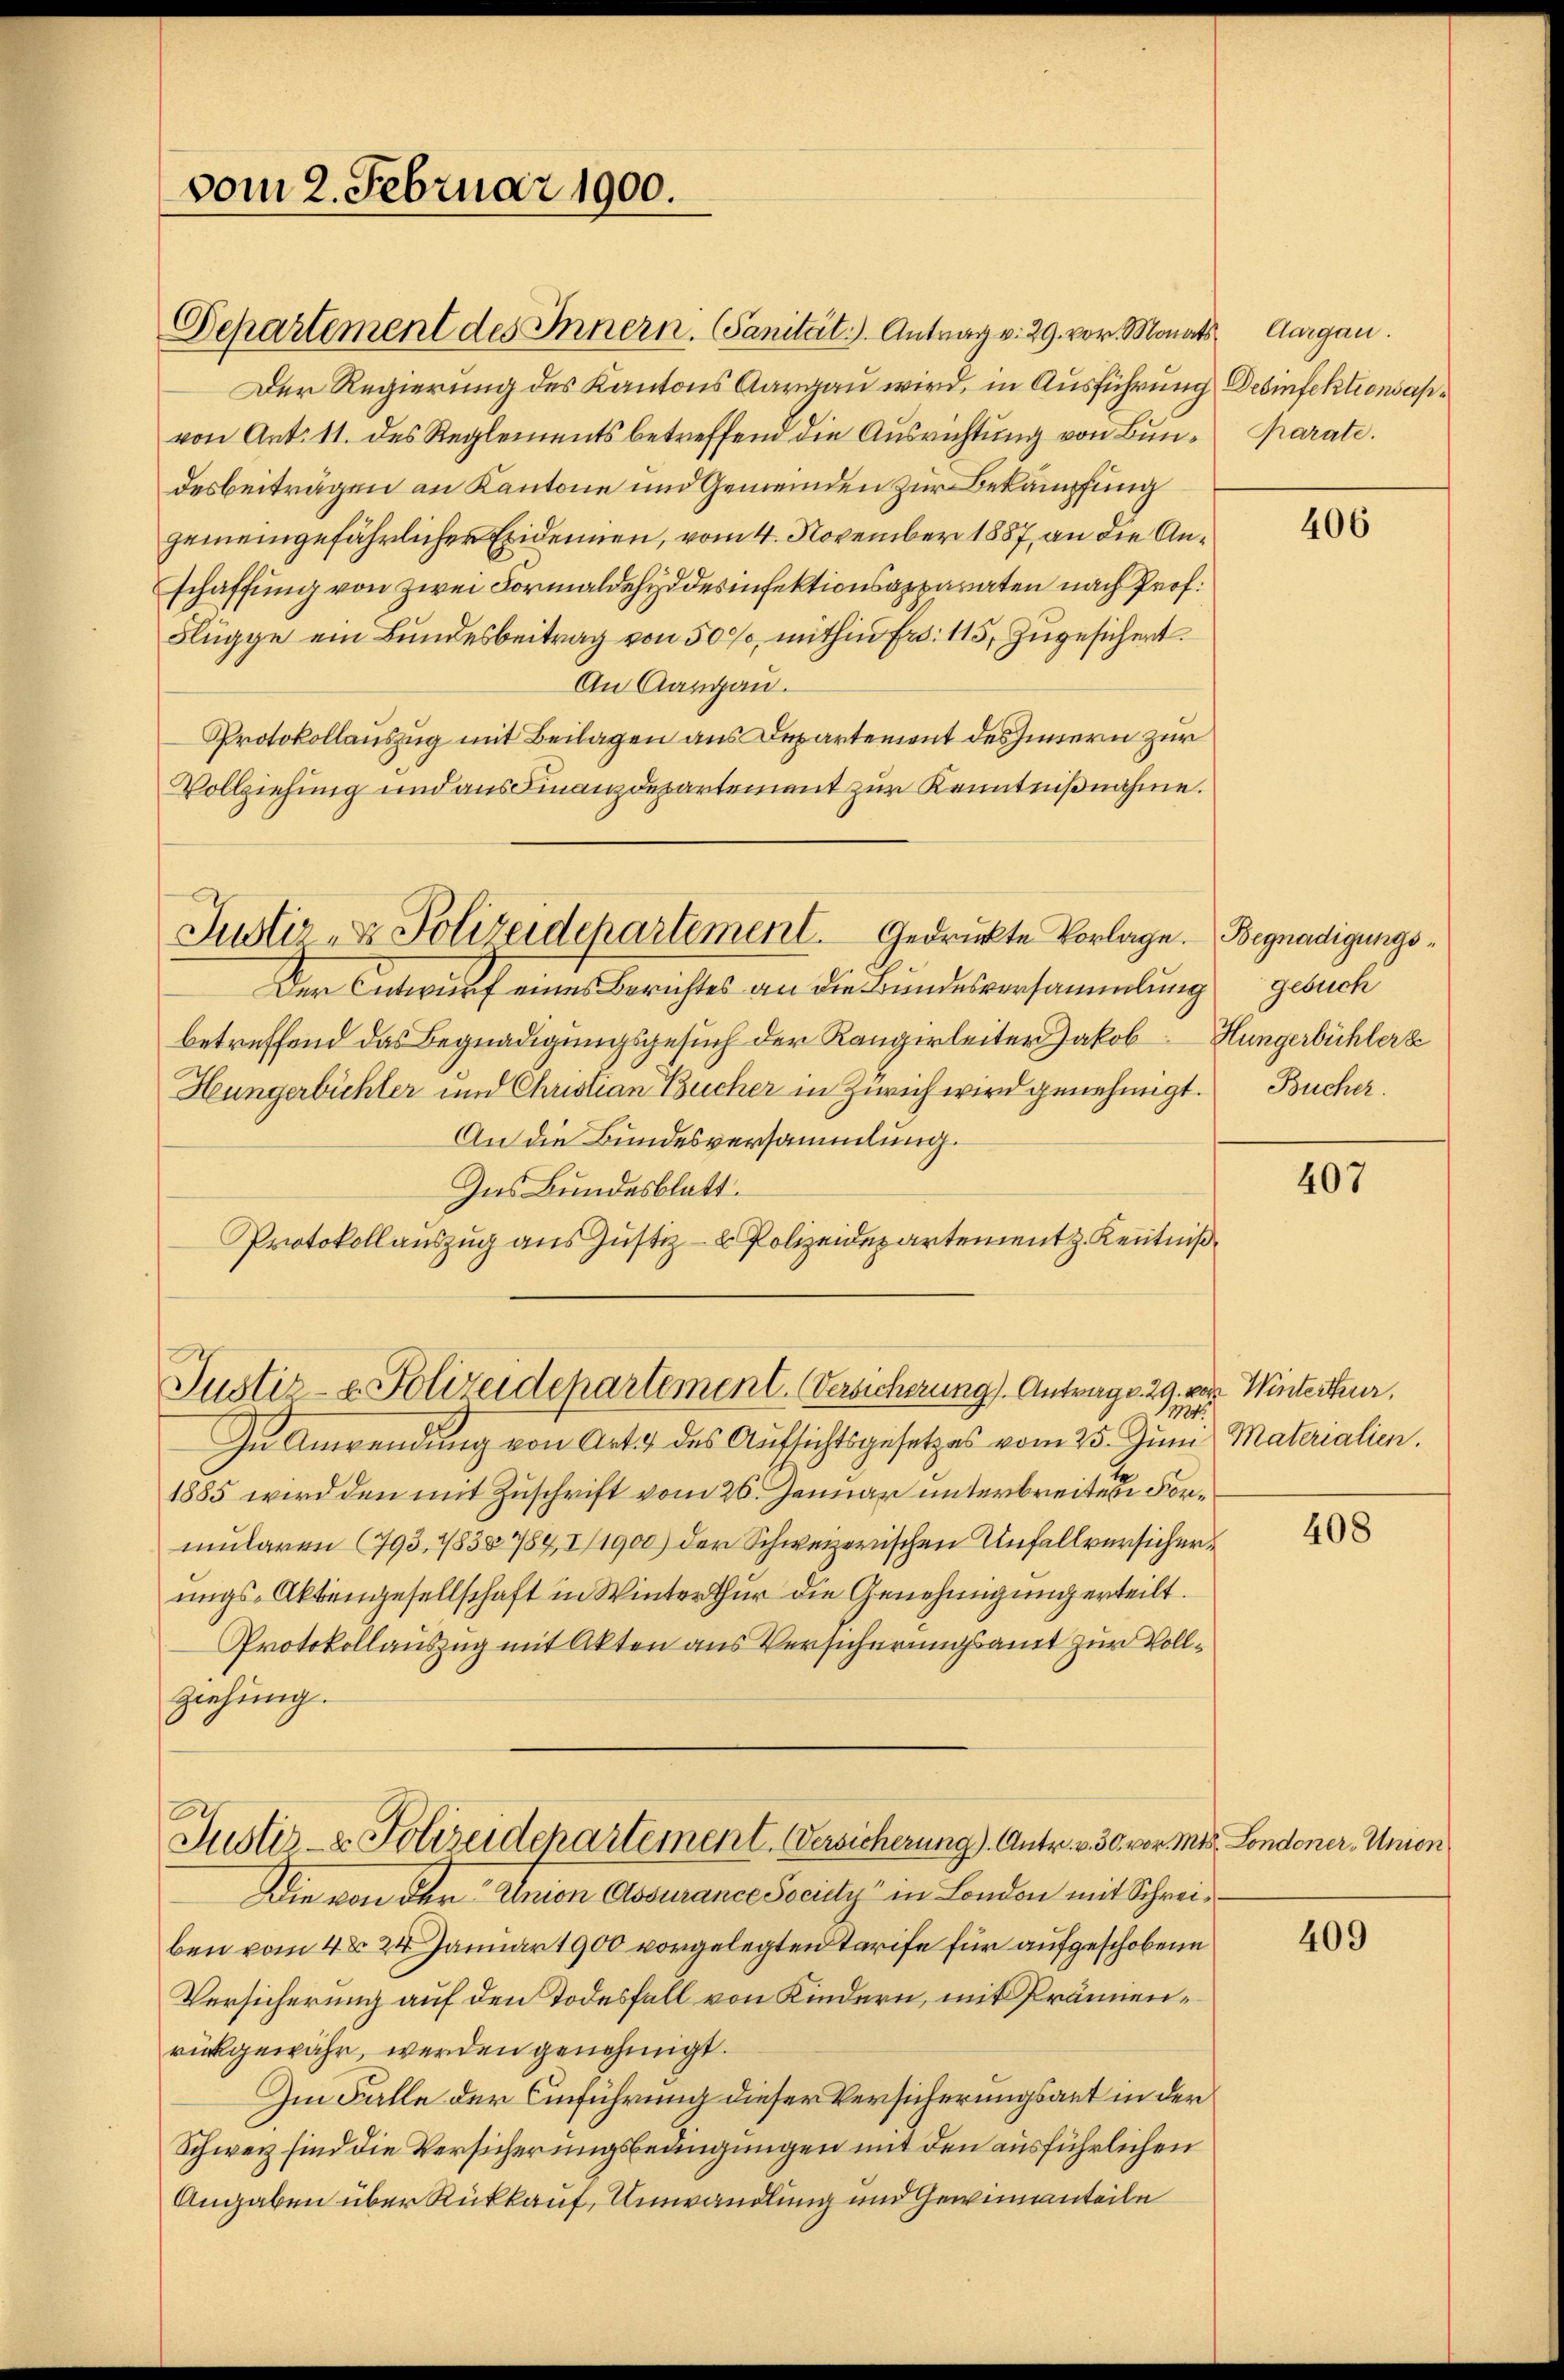
vom 2. Februar 1900.

Departement des Innern. (Sanität). Antrag v. 29. vor. Monats Aargau.
Der Regierung des Kantons Aargau wird, in Ausführung Desinfektionsanvon Art. 11. des Reglements betreffend die Ausrichtung von Bun- Parate.
desbeiträgen an Kantone und Gemeinden zur Bekämpfung
gemeingefährlicher Exidenen, vom 4. November 1887, an die Anschaffung von zwei Formaldehyddesinfektionsapparaten nach Prof.
Flügge ein Bundesbeitrag von 500, mithin fr. 115, Zugesichert.
An Aargau.
Protokollauszug mit Beilagen aus Departement des Innern zur
Vollziehung und aus Finanzdepartement zur Kenntnißnahme.
Justiz- & Polizeidepartement. Gedrückte Vorlage. Begnadigungs¬
Der Entwurf eines Berichtes an die Bundesversammlung gesuch
betreffend das Begnadigungsgesuch der Rangirleiter Jakob Hungerbühler z
Hungerbüchler und Christian Bucher in Zürich wird genehmigt. Bucher.
An die Bundesversammlung.
Das Bundesblatt.
Protokollauszug aus Justiz- & Polizeidepartement z. Kenntniß

Justiz- & Polizeidepartement. (Versicherung). Antrage. 29. von Winterteur,

In Anwendung von Art 47 des Aufsichtsgesetzes vom 25. Juni, Materialien.
1885 wird den mit Zuschrift vom 26. Januar unterbreiten Formularen (793. 1838 784, I/1900) der Schweizerischen Unfallversicher
ungs-Aktengesellschaft in Winterthur die Genehmigung erteilt.
Protokollauszug mit Akten aus Versicherungsamt zur Vollziehŭng.
Juste- & Polizeidepartement. Versicherung). Antr. v. 30. vor. Mts. Londoner Union
Die von der Union Assurance Society in London mit Schreiben vom 4t 24 Januar 1900 vorgelegten Tarife für aufgeschobene
Versicherung auf den Todesfall von Kindern, mit Pränenrückgewähr, werden genehmigt.
Im Falle der Einführung dieser Versicherungsant in der
Schweiz sind die Versicherungsbedingungen mit den ausführlichen
Angaben über Rückkauf Umwandlung und Gewinnanteile

406

407

1t.

408

409